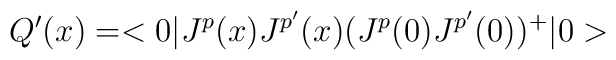
Q'(x) = <0|J^p(x)J^{p'}(x)(J^p(0)J^{p'}(0))^+|0>